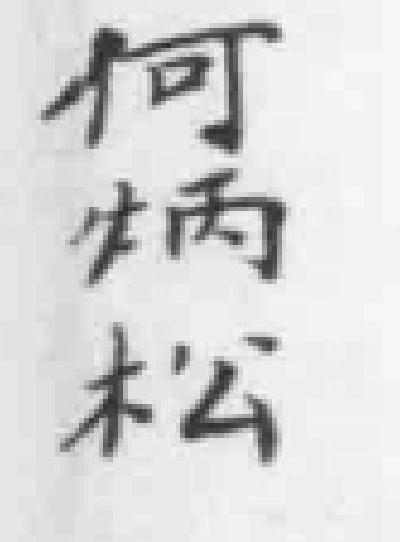
私